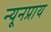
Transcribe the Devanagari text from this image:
न्यूनप्राय